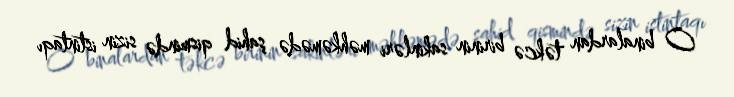
O binalardan təkcə birinin sakinləri məhkəmədə şahid qismində sizin istintaqı